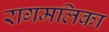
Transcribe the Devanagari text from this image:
रागमलिका